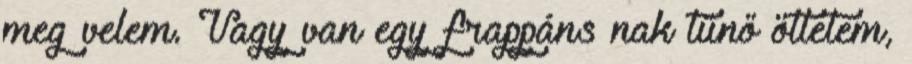
meg velem. Vagy van egy frappáns nak tűnő ötletem,